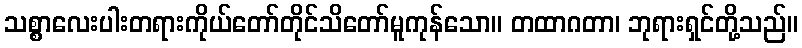
သစ္စာလေးပါးတရားကိုယ်တော်တိုင်သိတော်မူကုန်သော။ တထာဂတာ၊ ဘုရားရှင်တို့သည်။